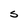
Character: S